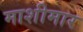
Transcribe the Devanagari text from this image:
माशीमार